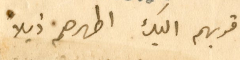
اقربهم اليك اطهرهم ذيلاً